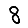
Digit: 8